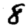
Digit: 8